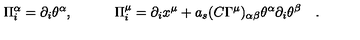
\Pi _ { i } ^ { \alpha } = \partial _ { i } { \theta ^ { \alpha } } , \quad \quad \quad \Pi _ { i } ^ { \mu } = \partial _ { i } { x ^ { \mu } } + a _ { s } ( C \Gamma ^ { \mu } ) _ { \alpha \beta } \theta ^ { \alpha } \partial _ { i } { \theta ^ { \beta } } \quad .